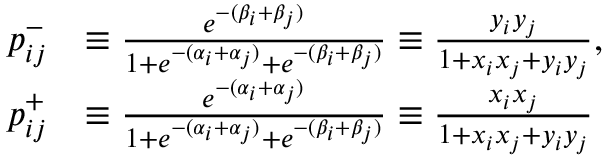
\begin{array} { r l } { p _ { i j } ^ { - } } & { \equiv \frac { e ^ { - ( \beta _ { i } + \beta _ { j } ) } } { 1 + e ^ { - ( \alpha _ { i } + \alpha _ { j } ) } + e ^ { - ( \beta _ { i } + \beta _ { j } ) } } \equiv \frac { y _ { i } y _ { j } } { 1 + x _ { i } x _ { j } + y _ { i } y _ { j } } , } \\ { p _ { i j } ^ { + } } & { \equiv \frac { e ^ { - ( \alpha _ { i } + \alpha _ { j } ) } } { 1 + e ^ { - ( \alpha _ { i } + \alpha _ { j } ) } + e ^ { - ( \beta _ { i } + \beta _ { j } ) } } \equiv \frac { x _ { i } x _ { j } } { 1 + x _ { i } x _ { j } + y _ { i } y _ { j } } } \end{array}